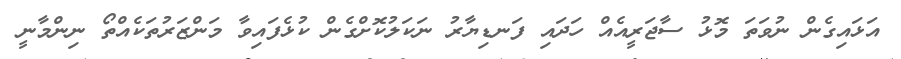
އަޅައިގެން ނުވަތަ މޮޅު ސާޖަރީއެއް ހަދައި ފަނޑިޔާރު ނަކަލުކޮށްގެން ކުޅެފައިވާ މަންޒަރުތަކެއްތޯ ނިންމާނީ